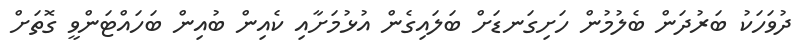
ދުވަހަކު ބަރުދަން ބެލުމުން ހަށިގަނޑަށް ބަލައިގެން އުޅުމަށާއި ކެއިން ބުއިން ބަހައްޓަންވީ ގޮތަށް